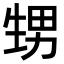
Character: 甥